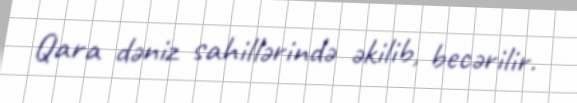
Qara dəniz sahillərində əkilib, becərilir.